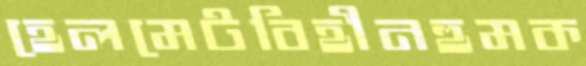
হেলমেটবিহীনহুমক